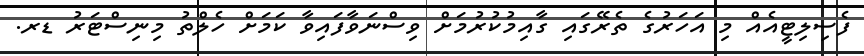
ފެސިލިޓީއެއް މި އަހަރުގެ ތެރޭގައި ގާއިމުކުރުމަށް ވިސްނަވާފައިވާ ކަމަށް ހެލްތު މިނިސްޓަރު ޑރ.